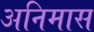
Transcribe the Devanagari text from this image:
अनिमास